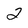
Character: 2